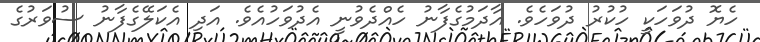
ހެޔޮ ދުވަހަކީ ހުކުރު ދުވަހެވެ. އާދަމުގެފާނު ހެއްދެވުނީ އެދުވަހުއެވެ. އަދި އެކަލޭގެފާނު ސުވަރުގެ